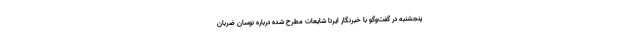
پنجشنبه در گفت‌وگو با خبرنگار ایرنا شایعات مطرح شده درباره نوسان ضربان